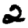
Digit: 2